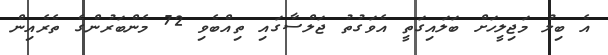
އެ ބިލު މަޖިލީހަށް ބަލައިގަތީ އެވަގުތު ޖަލްސާގައި ތިއްބެވި 72 މެންބަރުންގެ ތެރެއިން